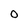
Character: o